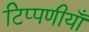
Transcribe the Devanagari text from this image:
टिप्पणीयाँ